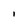
Character: l